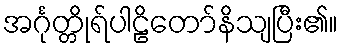
အင်္ဂုတ္တိုရ်ပါဠိတော်နိသျပြီး၏။